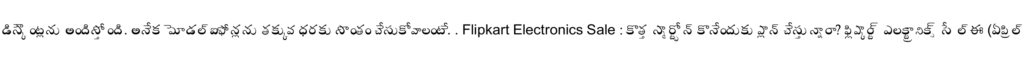
డిస్కౌంట్లను అందిస్తోంది. అనేక మోడల్ ఐఫోన్లను తక్కువ ధరకు సొంతం చేసుకోవాలంటే. . Flipkart Electronics Sale : కొత్త స్మార్ట్ఫోన్ కొనేందుకు ప్లాన్ చేస్తున్నారా? ఫ్లిప్కార్ట్ ఎలక్ట్రానిక్స్ సేల్ ఈ (ఏప్రిల్